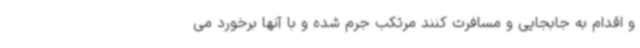
و اقدام به جابجایی و مسافرت کنند مرتکب جرم شده و با آنها برخورد می